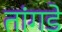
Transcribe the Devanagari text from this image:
तांगडे